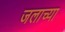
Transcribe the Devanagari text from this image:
जलाच्या